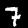
Label: 7